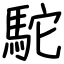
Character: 駝